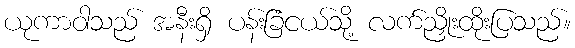
ယုကာဝါသည် အနီးရှိ ပန်းခြံငယ်သို့ လက်ညှိုးထိုးပြသည်။